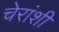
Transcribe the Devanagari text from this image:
चेरांशी